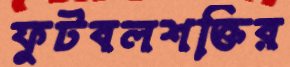
ফুটবলশক্তির